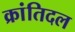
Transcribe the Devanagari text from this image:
क्रांतिदल